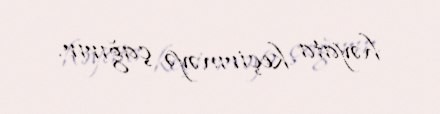
həyata keçirməyə çağırır.